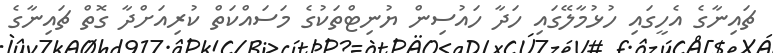
ޗައިނާގެ އެހީގައި ހުޅުމާލޭގައި ހަދާ ހައުސިން ޔުނިޓްތަކުގެ މަސައްކަތް ކުރިއަށްދާ ގޮތް ޗައިނާގެ